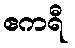
ဧကရီ